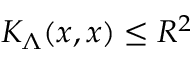
K _ { \Lambda } ( x , x ) \le R ^ { 2 }